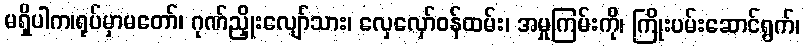
မရှိပါက၊ရုပ်မှာမတော်၊ ဂုဏ်ညှိုးလျော်သား၊ လှေလှော်ဝန်ထမ်း၊ အမှုကြမ်းကို၊ ကြိုးပမ်းဆောင်ရွက်၊